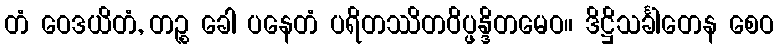
တံ ဝေဒယိတံ, တဉ္စ ခေါ ပနေတံ ပရိတဿိတဝိပ္ဖန္ဒိတမေဝ။ ဒိဋ္ဌိသင်္ခါတေန စေဝ